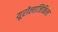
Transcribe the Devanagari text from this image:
यूरोलाजिकिल